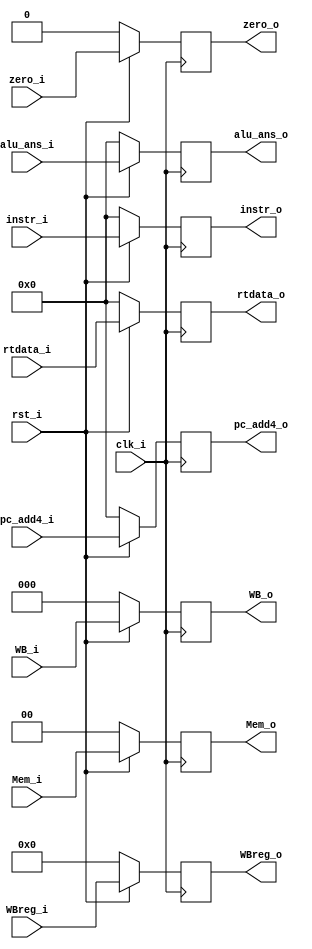
/***************************************************
Student Name:_
Student ID: group10_0711099_0810749
***************************************************/
module MEM_register (clk_i, rst_i, instr_i, WB_i, Mem_i,  zero_i, alu_ans_i, rtdata_i, WBreg_i,pc_add4_i, instr_o, WB_o, Mem_o,  zero_o, alu_ans_o, rtdata_o, WBreg_o,pc_add4_o);

	input clk_i;
	input rst_i;
	input [31:0] instr_i;
	input [2:0] WB_i;
	input [1:0] Mem_i;
	input zero_i;
	input [31:0] alu_ans_i;
	input [31:0] rtdata_i;
	input [4:0] WBreg_i;
	input [31:0] pc_add4_i;
	
	output reg [31:0] instr_o;
	output reg [2:0] WB_o;
	output reg [1:0] Mem_o;
	output reg zero_o;
	output reg [31:0] alu_ans_o;
	output reg [31:0] rtdata_o;
	output reg [4:0] WBreg_o;
	output reg [31:0] pc_add4_o;

always @(posedge clk_i) begin
	if(~rst_i) begin  //reset
		instr_o <= 0;
		WB_o <= 0;
		Mem_o <= 0;
		zero_o <= 0;
		alu_ans_o <= 0;
		rtdata_o <= 0;
		WBreg_o <= 0;
		pc_add4_o <= 0;
	end
	else begin
		instr_o <= instr_i;
		WB_o <= WB_i;
		Mem_o <= Mem_i;
		zero_o <= zero_i;
		alu_ans_o <= alu_ans_i;
		rtdata_o <= rtdata_i;
		WBreg_o <= WBreg_i;
		pc_add4_o <= pc_add4_i;
	end
end

endmodule